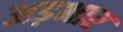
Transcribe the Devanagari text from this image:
अड़भार